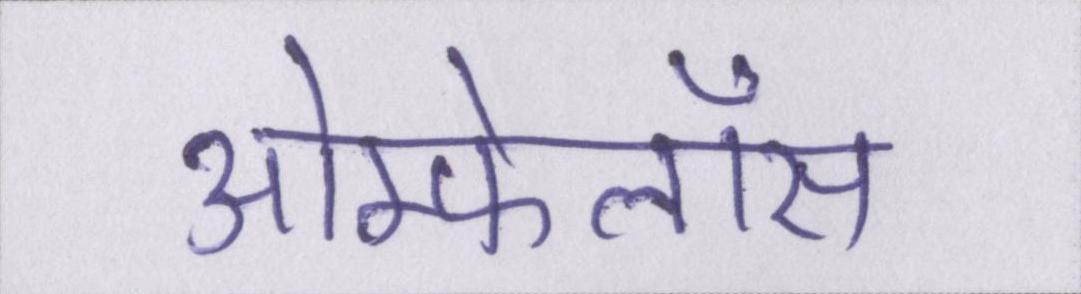
ओम्फेलॉस